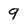
Character: 9